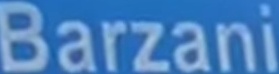
Barzani